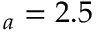
_ a = 2 . 5